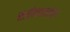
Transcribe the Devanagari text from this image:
सर्वनामांचा